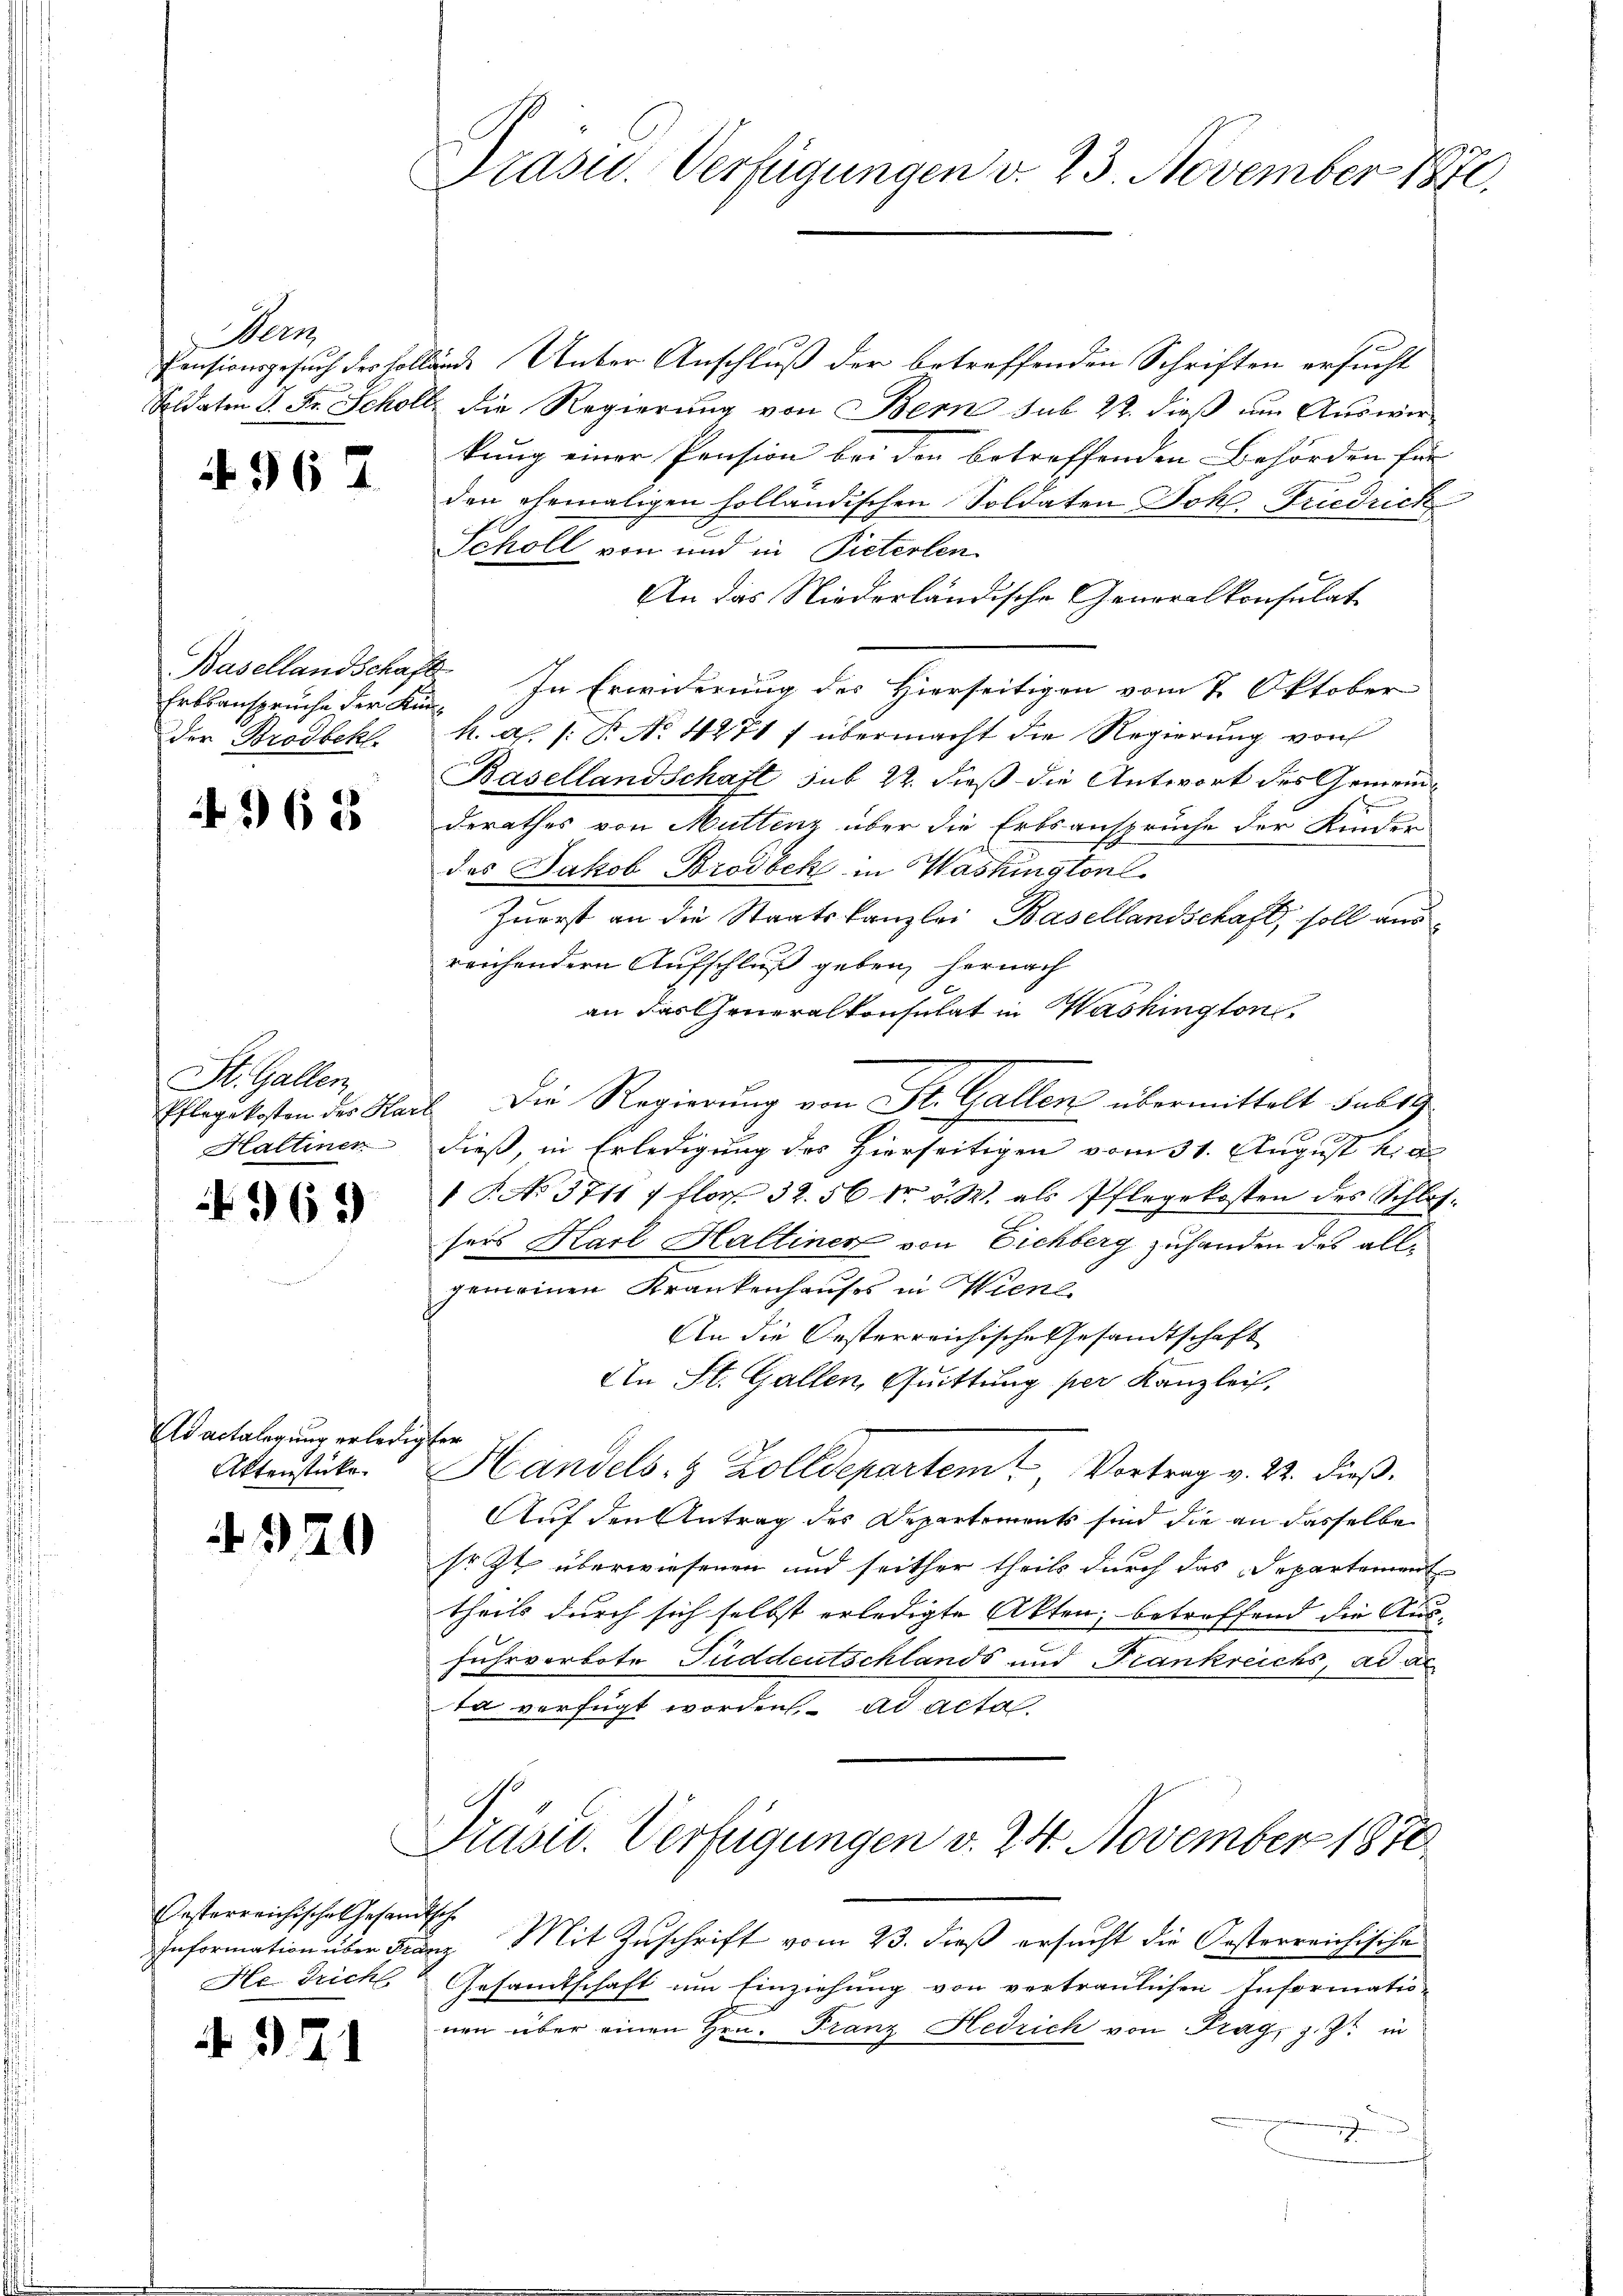
Wern

4967

Basellandschaft
der Brodbekl

362

St. Gallen
Pflegekosten des Har
Haltiner

369

Ad actalegung erledigten
Aktenstücke.

4940

Oesterreichisches Gesandtsche
Hei Tricht

971

Präsid.. Verfügungen v. 23. November 1870.

Pensionsgesuch der Hollände Unter Anschluß der betreffenden Schriften ersucht
Soldaten d. Fr. Scholl die Regierung von Bern sub 22. dieß um Auswir-
kung einer Pension bei den betreffenden Behörden für
den ehemaligen holländischen Soldaten Joh. Friedrich
Scholl von und in Pieterlen
An das Niederländische Generalkonsulat
Erbsanspruche der Kin. In Erwiderung des Hierseitigen vom 7. Oktober
h. a. s. B. No. 4271 f übermacht die Regierung von
Basellandschaft sub 22. dieß die Antwort des Gemeinderathes von Muttenz über die Erbsansprüche der Kinder
des Jakob Brodbek in Washingtonl
Zuerst an die Staatskanzlei Basellandschaft, soll aus
reichendern Aufschluß geben, hernach
an das Generalkonsulat in Washington
Die Regierung von St. Gallen übermittelt sub 19
c
dieß, in Erledigung des Hierseitigen vom 31. August hie
1 P. No 5711 / flor 32. 56 dr. v. M. als Pflegekosten des Schlossers Harl Haltiner von Eichberg zuhanden des allgemeinen Krankenhauses in Wiene
An die Oesterreichische Gesandtschaft
An St. Gallen, Quittung per Kanzlei,
Handels- & Zolldepartem Vortrag v. 22. dieß.
Auf den Antrag des Departements sind die an dasselbe
sr. Zt. überwiesenen und seither theils durch das Departement
theils durch sich selbst erledigte Akten, betreffend die Aus-
fuhrverbote Puddeutschlands und Frankreichs, ad ac
ta verfügt worden, ad acta
Præses. Verfügungen v. 24. November 1870
Information über Franz Mit Zuschrift vom 23. dieß ersucht die Oesterreichische
Gesamtschaft um Einziehung von vertraulichen Informatio-
nen über einen Hrn. Franz Hedrich von Prag, z. Zt. in